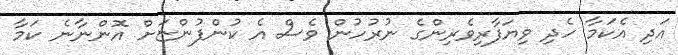
އަދި އެކަމާ ހެދި ވިޔަފާރިވެރިންގެ ނުރުހުން ވެސް އެ ކުންފުންޏަށް އޮންނާނެ ކަމާ